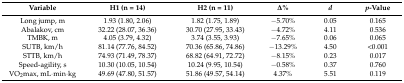
<table><thead><tr><td><b>Variable</b></td><td><b>H1 (n = 14)</b></td><td><b>H2 (n = 11)</b></td><td><b>∆%</b></td><td><b><i>d</i></b></td><td><b><i>p</i>-Value</b></td></tr></thead><tbody><tr><td>Long jump, m</td><td>1.93 (1.80, 2.06)</td><td>1.82 (1.75, 1.89)</td><td>−5.70%</td><td>0.05</td><td>0.165</td></tr><tr><td>Abalakov, cm </td><td>32.22 (28.07, 36.36)</td><td>30.70 (27.95, 33.43)</td><td>−4.72%</td><td>4.11</td><td>0.536</td></tr><tr><td>TMBK, m</td><td>4.05 (3.79, 4.32)</td><td>3.74 (3.55, 3.93)</td><td>−7.65%</td><td>0.06</td><td>0.065</td></tr><tr><td>SUTB, km/h</td><td>81.14 (77.76, 84.52)</td><td>70.36 (65.86, 74.86)</td><td>−13.29%</td><td>4.50</td><td>&lt;0.001</td></tr><tr><td>STTB, km/h</td><td>74.93 (71.49, 78.37)</td><td>68.82 (64.91, 72.72)</td><td>−8.15%</td><td>0.23</td><td>0.017</td></tr><tr><td>Speed-agility, s</td><td>10.30 (10.05, 10.54)</td><td>10.24 (9.95, 10.54)</td><td>−0.58%</td><td>0.37</td><td>0.760</td></tr><tr><td>VO<sub>2</sub>max, mL·min·kg</td><td>49.69 (47.80, 51.57)</td><td>51.86 (49.57, 54.14)</td><td>4.37%</td><td>5.51</td><td>0.119</td></tr></tbody></table>